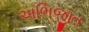
અભિજીત